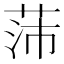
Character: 𱽫